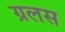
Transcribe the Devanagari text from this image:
ग्रलस